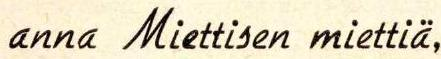
anna Miettisen miettiä,